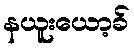
နယူးယော့ခ်